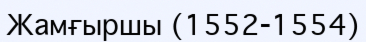
Жамғыршы (1552-1554)